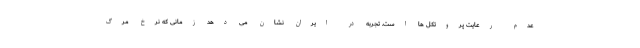
عدم رعایت پروتکل ها است. تجربه در ایران نشان می دهد زمانی که نرخ مرگ